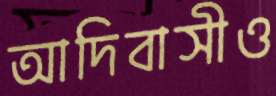
আদিবাসীও